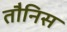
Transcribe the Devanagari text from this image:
तौनिस